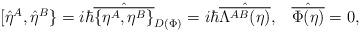
LaTeX: \begin{align*}[\hat{\eta}^A,\hat{\eta}^B\}=i\hbar\hat{\overline{\{\eta^A,\eta^B\}}}_{D(\Phi)}=i\hbar\hat{\overline{\Lambda^{AB}(\eta)}},\;\;\;\hat{\overline{\Phi (\eta)}}=0,\end{align*}